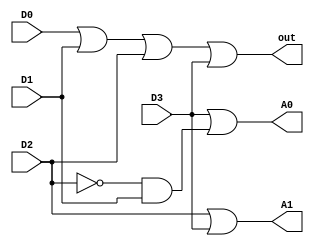
module encoder4_2 (D0,D1,D2,D3,A0,A1,out);

input D0,D1,D2,D3;
output A0,A1,out;

wire nD2,and_nD2_D1;

not (nD2,D2);
and (and_nD2_D1,nD2,D1);
or (A0,D3,and_nD2_D1);

or (A1,D2,D3);	

or (out,D0,D1,D2,D3);

endmodule

module test_encoder4_2;

reg _D0,_D1,_D2,_D3;
wire _A0,_A1,_out;

encoder4_2 full(.D0(_D0),.D1(_D1),.D2(_D2),.D3(_D3),.A0(_A0),.A1(_A1),.out(_out));

initial begin
_D0=1'b0; _D1=1'b0; _D2=1'b0; _D3=1'b0;

#10

_D0=1'b1; _D1=1'b0; _D2=1'b0; _D3=1'b0;

#10

_D0=1'b0; _D1=1'b1; _D2=1'b0; _D3=1'b0;

#10

_D0=1'b0; _D1=1'b0; _D2=1'b1; _D3=1'b0;

#10

_D0=1'b0; _D1=1'b0; _D2=1'b0; _D3=1'b1;

end

endmodule